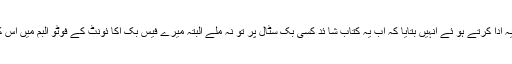
میری پہلی کتاب “میں تفصیلا بتا چکا ہوں خیر میں نے ان کا شکریہ ادا کرتے ہو ئے انہیں بتایا کہ اب یہ کتاب شا ئد کسی بک سٹال پر تو نہ ملے البتہ میرے فیس بک اکا ئونٹ کے فوٹو البم میں اس کی سکین کا پی مو جود ہے آپ وہاں سے ڈائون لوڈ کر سکتے ہیں ۔